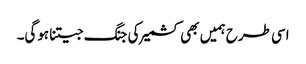
اسی طرح ہمیں بھی کشمیر کی جنگ جیتنا ہوگی۔